Civil Veterinary Department Bihar reports 1940-50 - 1940-1950
Year: 1940
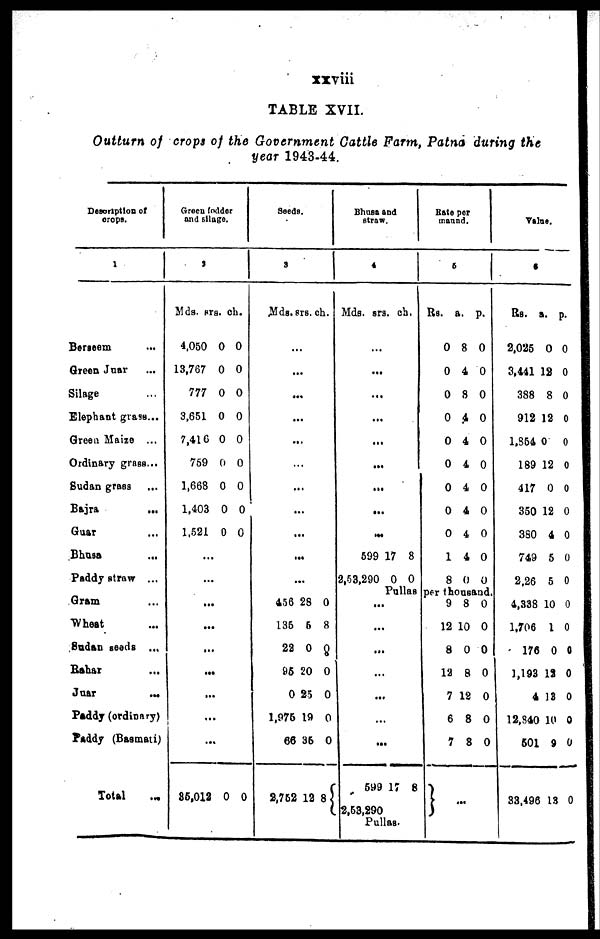
xxviii
TABLE XVII.
Outturn of crops of the Government Cattle Farm, Patna during the
year 1943-44.
Description of
crops.
1
Berseem ...
Green Juar ...
Silage ...
Elephant grass...
Green Maize ...
Ordinary grass ...
Sudan grass
Bajra ...
Guar ...
Bhusa ...
Paddy straw ...
Gram ...
Wheat ...
Sudan seeds ...
Rahar ...
Juar ...
Paddy (ordinary)
Paddy (Basmati)
Total ...
Green fodder
and silage.
2
Mds. sr
4,050
13,767
777
3,651
7,416
759
1,668
1,403
1,521
..
...
..
..
..
...
.
.
.
35,012
s. ch
0
0
0
0
0
0
0
0
0
.
.
.
.
..
..
..
0
.
0
0
0
0
0
0
0
0
0
0
Seeds.
3
Mds.
...
...
...
...
456
135
2
96
1,975
6
2,75
srs.
...
...
...
...
...
...
...
28
5
2 0
20
0 25
19
6 36
2 1
ch.
0
8
0
0
0
0
0
2 8
Bhusa and
straw.
4
Mds.
...
5
2,53,2
srs.
...
...
...
...
...
...
...
...
99 1
90
ch.
7 8
0 0
Rate per
maund.
5
Rs.
0
0
0
0
0
0
0
0
0
1
8
a.
8
4
8
4
4
4
4
4
4
4
0
p.
0
0
0
0
0
0
0
0
0
0
0
Pullas per thousand.
...
2,53,
...
...
...
...
...
...
599
290
17 8
Pullas.
9
12
8
12
7
6
7
8
10
0
8
12
8
8
...
0
0
0
0
0
0
0
Value.
6
Rs.
2,025
3,441
388
912
1,854
189
417
350
3S0
749
2,26
4,338
1,706
176
1,193
4
12,340
501
33,496
a.
0
12
8
12
0
12
0
12
4
5
5
10
1
0
12
13
10
9
13
p.
0
0
0
0
0
0
0
0
0
0
0
0
0
0
0
0
0
0
0